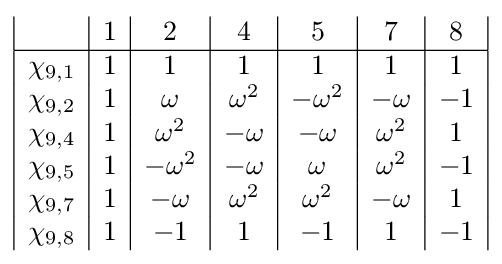
{\begin{array}{|c|c|c|c|c|c|c|}&1&2&4&5&7&8\\\hline \chi _{9,1}&1&1&1&1&1&1\\\chi _{9,2}&1&\omega &\omega ^{2}&-\omega ^{2}&-\omega &-1\\\chi _{9,4}&1&\omega ^{2}&-\omega &-\omega &\omega ^{2}&1\\\chi _{9,5}&1&-\omega ^{2}&-\omega &\omega &\omega ^{2}&-1\\\chi _{9,7}&1&-\omega &\omega ^{2}&\omega ^{2}&-\omega &1\\\chi _{9,8}&1&-1&1&-1&1&-1\\\end{array}}